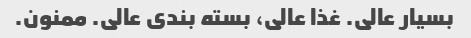
بسیار عالی. غذا عالی، بسته بندی عالی. ممنون.